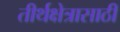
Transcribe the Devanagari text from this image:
तीर्थक्षेत्रासाठी